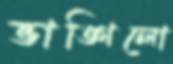
ভাঙ্গিলো